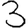
Digit: 3